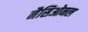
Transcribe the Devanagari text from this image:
नैसिओनल